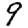
Digit: 9